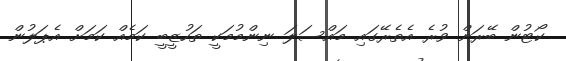
ކޯޓުން ބޭރަށް ވުރެ އެތެރޭގައި މައްސަލަ ނިންމުމަކީ ތަހުޒީބީ ކަމެއް ކަމަށް އެޕަލުން